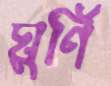
ঘুর্ণি